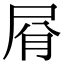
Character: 㞕